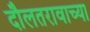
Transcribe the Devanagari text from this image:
दौलतरावाच्या